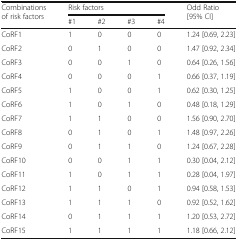
| <ROWSPAN=2> Combinations of risk factors | <COLSPAN=4> Risk factors | <ROWSPAN=2> Odd Ratio [95% CI] |
 | #1 | #2 | #3 | #4 |
 | --- | --- | --- | --- | --- | --- |
 | CoRF1 | 1 | 0 | 0 | 0 | 1.24 [0.69, 2.23] |
 | CoRF2 | 0 | 1 | 0 | 0 | 1.47 [0.92, 2.34] |
 | CoRF3 | 0 | 0 | 1 | 0 | 0.64 [0.26, 1.56] |
 | CoRF4 | 0 | 0 | 0 | 1 | 0.66 [0.37, 1.19] |
 | CoRF5 | 1 | 0 | 0 | 1 | 0.62 [0.30, 1.25] |
 | CoRF6 | 1 | 0 | 1 | 0 | 0.48 [0.18, 1.29] |
 | CoRF7 | 1 | 1 | 0 | 0 | 1.56 [0.90, 2.70] |
 | CoRF8 | 0 | 1 | 0 | 1 | 1.48 [0.97, 2.26] |
 | CoRF9 | 0 | 1 | 1 | 0 | 1.24 [0.67, 2.28] |
 | CoRF10 | 0 | 0 | 1 | 1 | 0.30 [0.04, 2.12] |
 | CoRF11 | 1 | 0 | 1 | 1 | 0.28 [0.04, 1.97] |
 | CoRF12 | 1 | 1 | 0 | 1 | 0.94 [0.58, 1.53] |
 | CoRF13 | 1 | 1 | 1 | 0 | 0.92 [0.52, 1.62] |
 | CoRF14 | 0 | 1 | 1 | 1 | 1.20 [0.53, 2.72] |
 | CoRF15 | 1 | 1 | 1 | 1 | 1.18 [0.66, 2.12] |